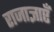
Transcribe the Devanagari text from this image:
राजाज्ञाएँ